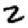
Digit: 2